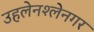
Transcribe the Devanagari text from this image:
उहलेनश्लेनगर